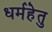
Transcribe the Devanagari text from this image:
धर्महेतु